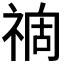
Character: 𥚟